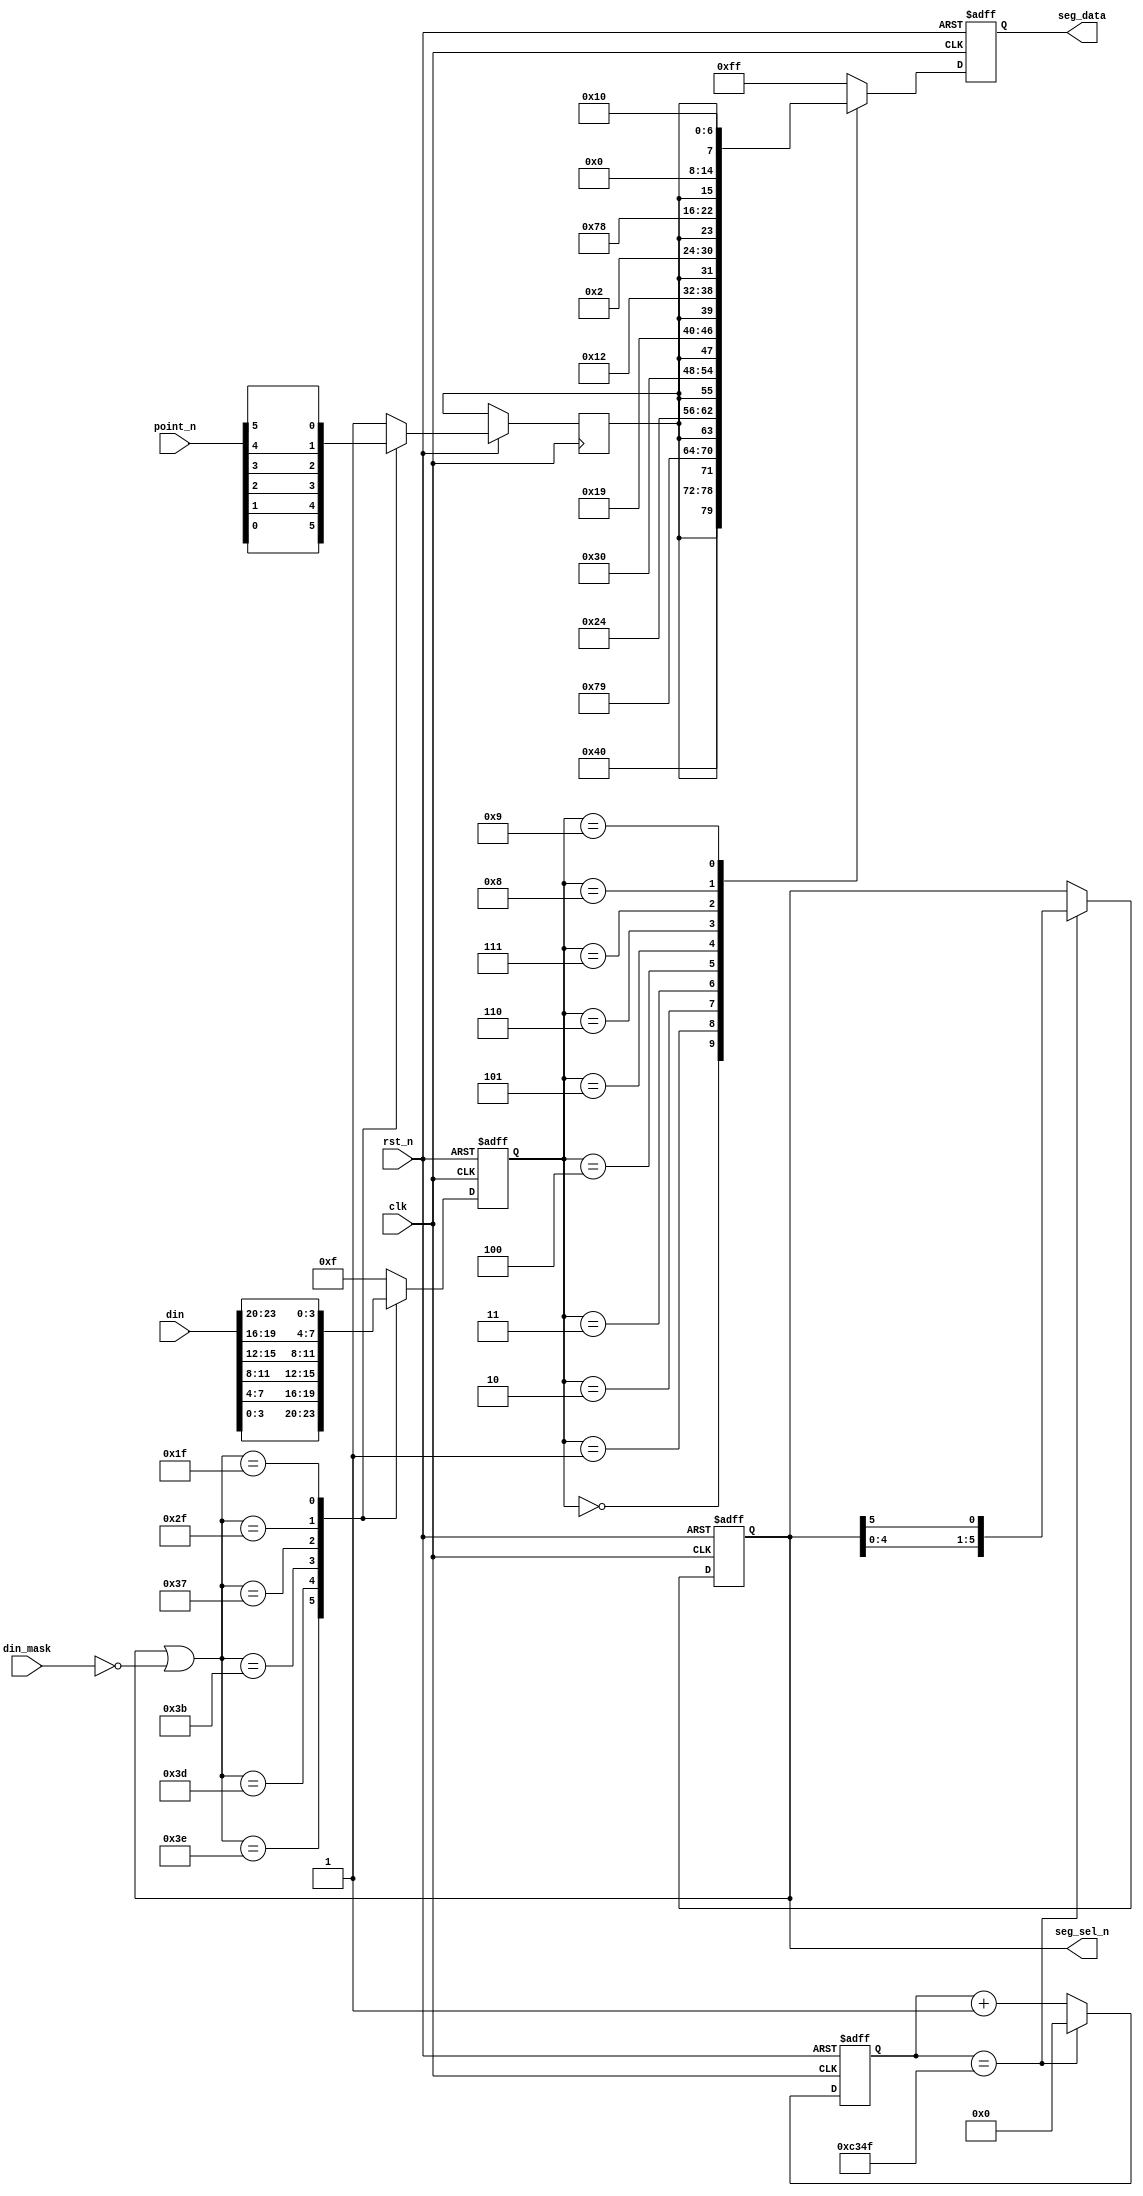
module seg_driver( 
    input				clk		,
    input				rst_n	,
    input	[23:0]		din		,//246 {24'h123456}
    input   [5:0]       din_mask,//6,
    input   [5:0]       point_n ,//  
//
    output reg [7:0]    seg_data,//
    output reg [5:0]    seg_sel_n    
);

localparam  ZER = 7'b100_0000,
            ONE = 7'b111_1001,
            TWO = 7'b010_0100,
            THR = 7'b011_0000,
            FOU = 7'b001_1001,
            FIV = 7'b001_0010,
            SIX = 7'b000_0010,
            SEV = 7'b111_1000,
            EIG = 7'b000_0000,
            NIN = 7'b001_0000;
    
    //			 
parameter    SHIFT_TIME = 50_000;                      
    //		 
reg  [15:0]  cnt    ;
wire         add_cnt;
wire         end_cnt;

reg  [3:0]   num    ;//
reg          point_r;

//1ms
always @(posedge clk or negedge rst_n)begin 
   if(!rst_n)begin
        cnt <= 0;
    end 
    else if(add_cnt)begin 
            if(end_cnt)begin 
                cnt <= 0;
            end
            else begin 
                cnt <= cnt + 1;
            end 
    end
   else  begin
       cnt <= cnt;
    end
end 

assign add_cnt = 1'b1;
assign end_cnt = add_cnt && cnt == SHIFT_TIME - 1'b1;

//1ms
always @(posedge clk or negedge rst_n)begin 
    if(!rst_n)begin
        seg_sel_n <= 6'b111110;
    end 
    else if(end_cnt)begin 
        seg_sel_n <= {seg_sel_n[4:0],seg_sel_n[5]};
    end 
    else begin 
        seg_sel_n <= seg_sel_n; 
    end 
end

//
always @(posedge clk or negedge rst_n)begin 
    if(!rst_n)begin
        num <= 0;
    end                                 
    else case(seg_sel_n | (~din_mask)) //din <= {24'h123456}     din_mask <= 6'b000111;//
      6'b111110 :begin num <= din[3:0]   ; point_r <= point_n[0]; end 
      6'b111101 :begin num <= din[7:4]   ; point_r <= point_n[1]; end
      6'b111011 :begin num <= din[11:8]  ; point_r <= point_n[2]; end 
      6'b110111 :begin num <= din[15:12] ; point_r <= point_n[3]; end
      6'b101111 :begin num <= din[19:16] ; point_r <= point_n[4]; end
      6'b011111 :begin num <= din[23:20] ; point_r <= point_n[5]; end
        default: begin num <= 4'hf ; point_r <= 1'b1; end
    endcase
end


//
always @(posedge clk or negedge rst_n)begin 
    if(!rst_n)begin
        seg_data <= 8'hff;//
    end 
    else case(num) //
        4'd0  : seg_data <= {point_r,ZER};
        4'd1  : seg_data <= {point_r,ONE};
        4'd2  : seg_data <= {point_r,TWO};
        4'd3  : seg_data <= {point_r,THR};
        4'd4  : seg_data <= {point_r,FOU};
        4'd5  : seg_data <= {point_r,FIV};
        4'd6  : seg_data <= {point_r,SIX};
        4'd7  : seg_data <= {point_r,SEV};
        4'd8  : seg_data <= {point_r,EIG};
        4'd9  : seg_data <= {point_r,NIN};
        default : seg_data <= 8'hff;
    endcase
         
end
                        
endmodule